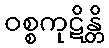
ဝစ္စကုဋိန္တိ